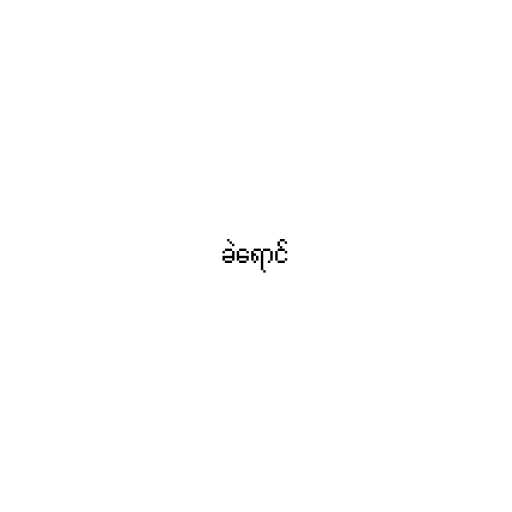
ခဲရောင်